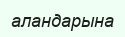
аландарына